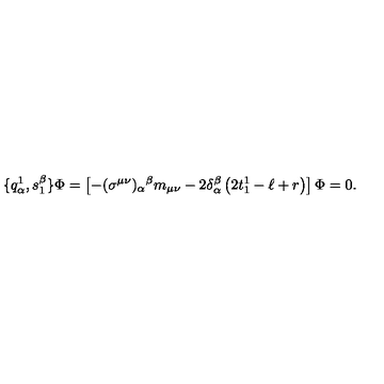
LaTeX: \{ q _ { \alpha } ^ { 1 } , s _ { 1 } ^ { \beta } \} \Phi = \left[ - ( \sigma ^ { \mu \nu } ) _ { \alpha } { } ^ { \beta } m _ { \mu \nu } - 2 \delta _ { \alpha } ^ { \beta } \left( 2 t _ { 1 } ^ { 1 } - \ell + r \right) \right] \Phi = 0 .